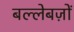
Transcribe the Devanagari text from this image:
बल्लेबज़ों